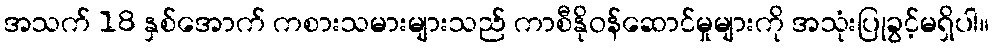
အသက် 18 နှစ်အောက် ကစားသမားများသည် ကာစီနိုဝန်ဆောင်မှုများကို အသုံးပြုခွင့်မရှိပါ။